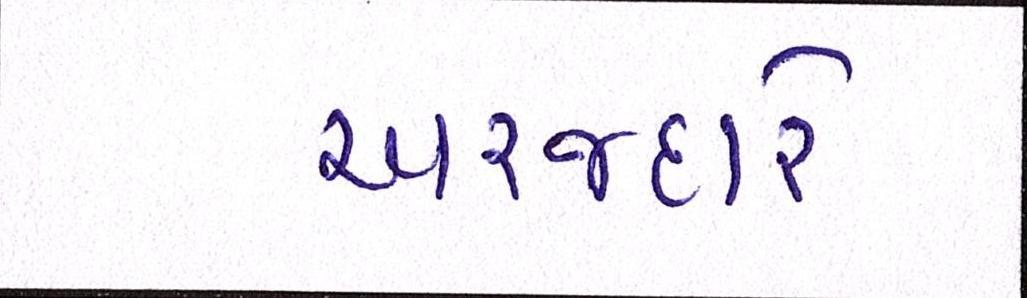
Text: અરજદારે